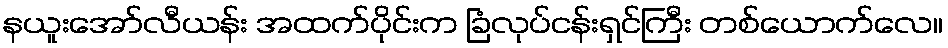
နယူးအော်လီယန်း အထက်ပိုင်းက ခြံလုပ်ငန်းရှင်ကြီး တစ်ယောက်လေ။